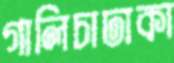
গালিচাঢাকা